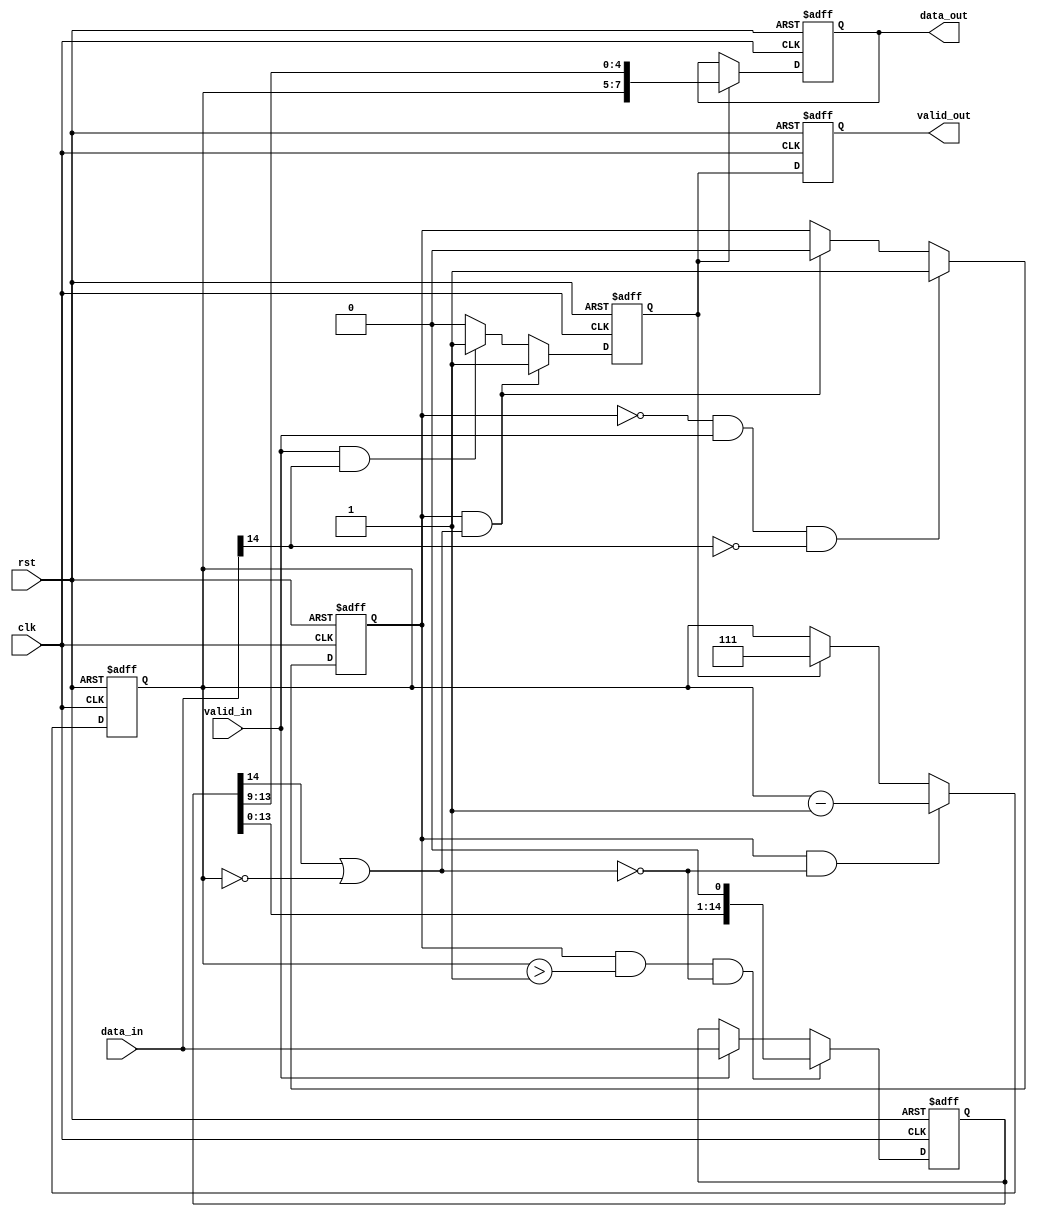
//==============================================================================
// A-Law coder (compressor)
//
// Based on alaw_compress() function in file Software/stl2009/g711/g711.c
// G.191 : Software tools for speech and audio coding standardization
// https://www.itu.int/rec/T-REC-G.191-201901-I/en
//
// First difference - sign bit is removed and mantissa is expanded up to 5 bits.
// Second difference - XOR 0x55 is not applied to the output data.
// Example of 15 bits to 8 bits compression:
// 0000000abcdexxx    000abcde
// 0000001abcdexxx    001abcde
// 000001abcdexxxx    010abcde
// 00001abcdexxxxx    011abcde
// 0001abcdexxxxxx    100abcde
// 001abcdexxxxxxx    101abcde
// 01abcdexxxxxxxx    110abcde
// 1abcdexxxxxxxxx    111abcde
//
//=============================================================================
module alaw_coder
#(
    parameter DATA_IN_W  = 15, // Data input width
    parameter DATA_OUT_W = 8   // Data output width
)
(
    // System
    input wire                  clk,        // System clock
    input wire                  rst,        // System reset
    // Input data
    input  wire [DATA_IN_W-1:0] data_in,    // Data input
    input  wire                 valid_in,   // Data input is valid
    // Output data
    output reg [DATA_OUT_W-1:0] data_out,   // Data output
    output reg                  valid_out   // Output data is valid
);

//-----------------------------------------------------------------------------
// Local parameters
//-----------------------------------------------------------------------------
localparam EXP_W = 3;
localparam MANT_W = DATA_OUT_W - EXP_W;

//-----------------------------------------------------------------------------
// Local variables
//-----------------------------------------------------------------------------
reg                   pre_valid_out;
reg  [DATA_IN_W-1:0]  data_shifter;
reg  [EXP_W-1:0]      shift_cnt;
reg                   busy;
wire                  done;

//-----------------------------------------------------------------------------
// Coder
//-----------------------------------------------------------------------------
assign done = data_shifter[DATA_IN_W-1] || (shift_cnt == 0);

always @(posedge clk or posedge rst)
begin
    if (rst)
        busy <= 1'b0;
    else if (!busy && valid_in && (!data_in[DATA_IN_W-1]))
        busy <= 1'b1;
    else if (busy && done)
        busy <= 1'b0;
end

always @(posedge clk or posedge rst)
begin
    if (rst)
        data_shifter <= 0;
    else if (busy && (shift_cnt > 1) && !done)
        data_shifter <= {data_shifter[DATA_IN_W-2:0], 1'b0};
    else if (valid_in)
        data_shifter <= data_in;
end

always @(posedge clk or posedge rst)
begin
    if (rst)
        shift_cnt <= {EXP_W{1'b1}};
    else if (busy && !done)
        shift_cnt <= shift_cnt - 1;
    else if (pre_valid_out)
        shift_cnt <= {EXP_W{1'b1}};
end

always @(posedge clk or posedge rst)
begin
    if (rst)
        data_out <= 0;
    else if (pre_valid_out)
        data_out = {shift_cnt, data_shifter[DATA_IN_W-2-:MANT_W]};
end

//-----------------------------------------------------------------------------
// Output valid
//-----------------------------------------------------------------------------
always @(posedge clk or posedge rst)
begin
    if (rst)
        pre_valid_out <= 1'b0;
    else if (busy && done)
        pre_valid_out <= 1'b1;
    else if (valid_in && data_in[DATA_IN_W-1])
        pre_valid_out <= 1'b1;
    else
        pre_valid_out <= 1'b0;
end

always @(posedge clk or posedge rst)
begin
    if (rst)
        valid_out <= 1'b0;
    else
        valid_out <= pre_valid_out;
end

endmodule